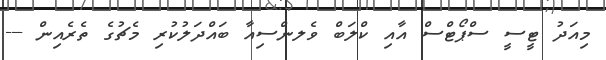
މިއަދު ޓީސީ ސްޕޯޓްސް އާއި ކްލަބް ވެެލންސިއާ ބައްދަލުކުރި މެޗުގެ ތެރެއިން ---